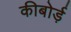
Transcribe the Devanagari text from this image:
कीबोर्ड़